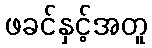
ဖခင်နှင့်အတူ